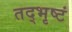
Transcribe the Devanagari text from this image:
तद्भृष्टं